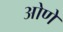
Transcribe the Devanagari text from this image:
ओणे